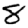
Digit: 8